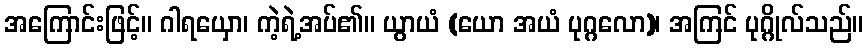
အကြောင်းဖြင့်။ ဂါရယှော၊ ကဲ့ရဲ့အပ်၏။ ယွာယံ (ယော အယံ ပုဂ္ဂလော)၊ အကြင် ပုဂ္ဂိုလ်သည်။